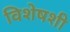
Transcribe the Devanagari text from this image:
विशेषशी